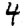
Digit: 4